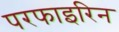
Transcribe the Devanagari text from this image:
परफाइरिन